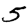
Digit: 5